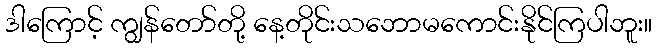
ဒါကြောင့် ကျွန်တော်တို့ နေ့တိုင်းသဘောမကောင်းနိုင်ကြပါဘူး။